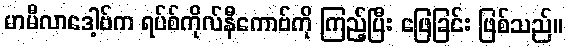
မာမီလာဒေါ့ဗ်က ရပ်စ်ကိုလ်နီကောဗ်ကို ကြည့်ပြီး ဖြေခြင်း ဖြစ်သည်။